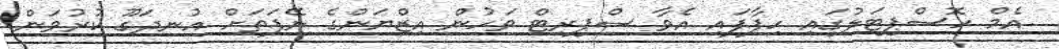
އެމް ހޮސްޕިޓަލުގައި ހިފާފައި އެވާ ސްޕިރިޓް ވަހުން އިޒްޔަންގެ ނޭފަތަށް އުނދަގޫ ކުރުވަން